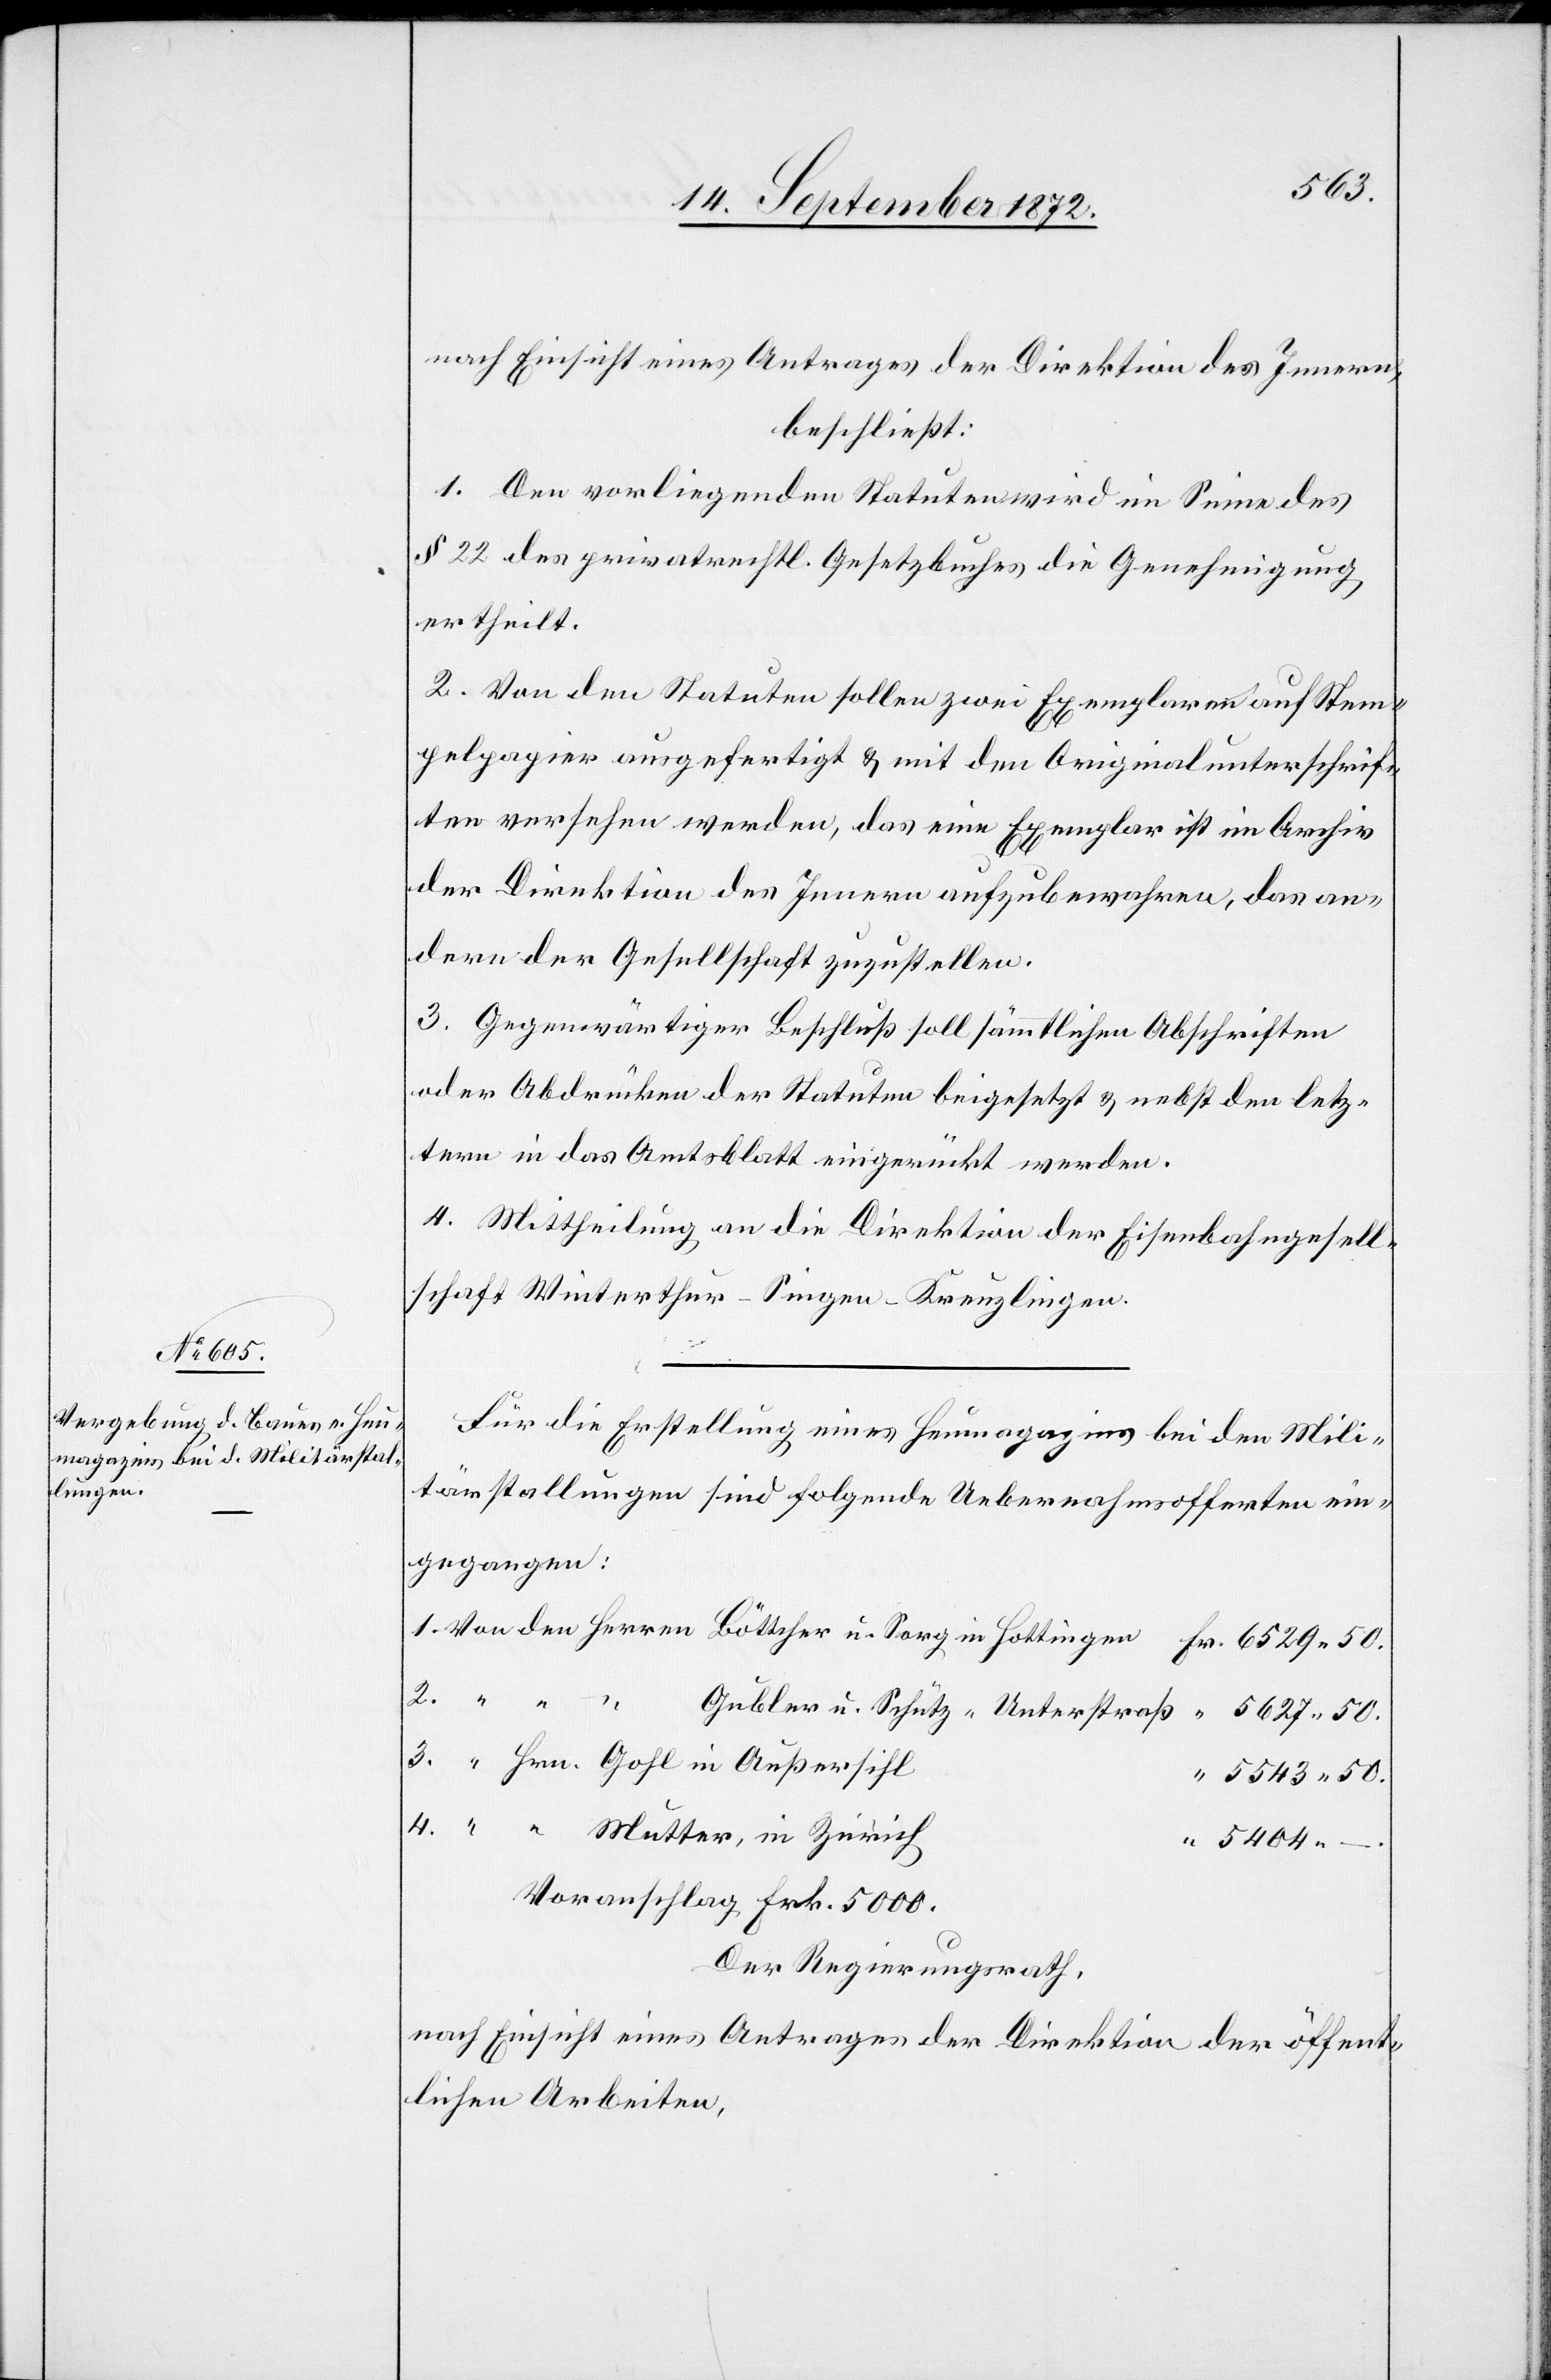
50.
nach Einsicht eines Antrages der Direktion des Innern,
beschließt:
1. Den vorliegenden Statuten wird im Sinne des
§ 22 des privatrechtl. Gesetzbuches die Genehmigung
ertheilt.
2. Von den Statuten sollen zwei Exemplaren auf Stem¬
pelpapier ausgefertigt u. mit den Originalunterschrif¬
ten versehen werden, das eine Exemplar ist im Archiv
der Direktion des Innern aufzubewahren, das an¬
dere der Gesellschaft zuzustellen.
3. Gegenwärtiger Beschluß soll sämmtlichen Abschriften
oder Abdrücken der Statuten beigesetzt u. nebst den letz¬
tern in das Amtsblatt eingerückt werden.
4. Mittheilung an die Direktion der Eisenbahngesell¬
schaft Winterthur–Singen–Kreuzlingen.
Für die Erstellung eines Heumagazins bei den Mili¬
tärstallungen sind folgende Uebernahmsofferten ein¬
gegangen:
5543 50.
5404 –
Voranschlag Frk. 5000.
Der Regierungsrath,
nach Einsicht eines Antrages der Direktion der öffent¬
lichen Arbeiten,